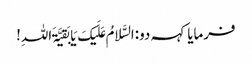
فرمایا کہہ دو:السَّلامُ عَلَیکَ یَا بَقیَّۃَ اللہِ!